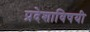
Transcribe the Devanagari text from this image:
प्रदेशाविषयी